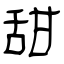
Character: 甜